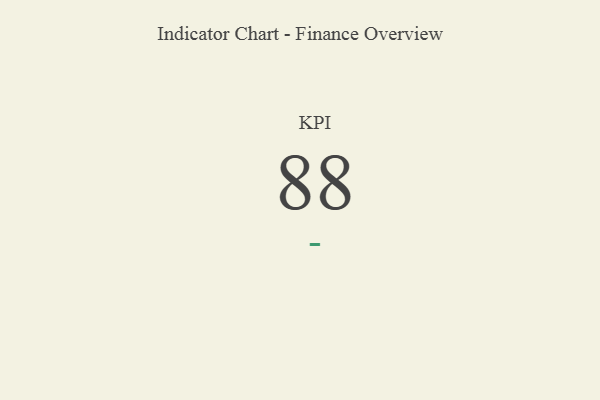
{"axis": {"x": "KPI", "y": "Value"}, "legend": [""], "data": [{"x": "KPI", "y": 88, "type": ""}]}